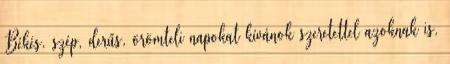
Békés, szép, derűs, örömteli napokat kívánok szeretettel azoknak is,